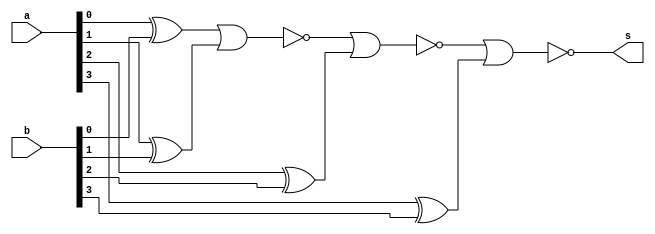
// -------------------------
// Exemplo0023
// Nome: Lucas Siqueira Chagas
// ------------------------- 

// -------------------------
//  Diferenca
// ------------------------- 
module Igualdade (output s, input [3:0]a, input[3:0] b);

 xor (igualdade1,a[0],b[0]);
 xor (igualdade2,a[1],b[1]);
 xor (igualdade3,a[2],b[2]);
 xor (igualdade4,a[3],b[3]);

 nor (s4, igualdade1, igualdade2);
 nor (s3, s4, igualdade3);
 nor (s, s3, igualdade4);


endmodule // igualdade
 
module teste_Igualdade;
// ------------------------- definir dados 
reg [3:0] x;
reg [3:0] y;
wire igualdadeFinal;


  Igualdade h1 (igualdadeFinal, x,y);


// ------------------------- parte principal 
 initial begin 
$display("Exemplo0024 - Lucas Siqueira Chagas - 380783");
$display("Test ALUs Diferenca"); 


x = 4'b0111;  y = 4'b0101;
#1
$display("%6b e %6b = %1b",x,y,~igualdadeFinal);
#1
x = 6'b1011;  y = 6'b1101;
$display("%6b e %6b = %1b",x,y,~igualdadeFinal);
#1
x = 4'b0011;  y = 4'b0011;
$display("%6b e %6b = %1b",x,y,~igualdadeFinal);

 end 
 
endmodule // test_fullAdder